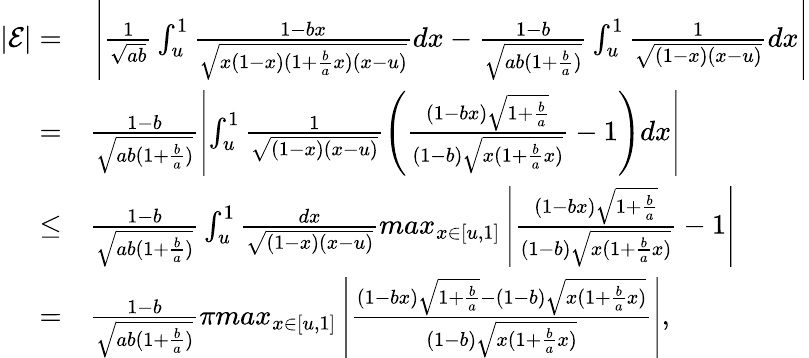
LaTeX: \begin{array}{rl}{|\mathcal{E}|=}&{{}\left|\frac{1}{\sqrt{ab}}\int_{u}^{1}\frac{1-bx}{\sqrt{x(1-x)(1+\frac{b}{a}x)(x-u)}}dx-\frac{1-b}{\sqrt{ab(1+\frac{b}{a})}}\int_{u}^{1}\frac{1}{\sqrt{(1-x)(x-u)}}dx\right|}\\ {=}&{{}\frac{1-b}{\sqrt{ab(1+\frac{b}{a})}}\left|\int_{u}^{1}\frac{1}{\sqrt{(1-x)(x-u)}}\left(\frac{(1-bx)\sqrt{1+\frac{b}{a}}}{(1-b)\sqrt{x(1+\frac{b}{a}x)}}-1\right)dx\right|}\\ {\leq}&{{}\frac{1-b}{\sqrt{ab(1+\frac{b}{a})}}\int_{u}^{1}\frac{dx}{\sqrt{(1-x)(x-u)}}\textit{max}_{x\in[u,1]}\left|\frac{(1-bx)\sqrt{1+\frac{b}{a}}}{(1-b)\sqrt{x(1+\frac{b}{a}x)}}-1\right|}\\ {=}&{{}\frac{1-b}{\sqrt{ab(1+\frac{b}{a})}}\pi\textit{max}_{x\in[u,1]}\left|\frac{(1-bx)\sqrt{1+\frac{b}{a}}-(1-b)\sqrt{x(1+\frac{b}{a}x)}}{(1-b)\sqrt{x(1+\frac{b}{a}x)}}\right|,}\end{array}